Annual vaccination report of Bihar and Orissa - 1911-1928
Year: 1911
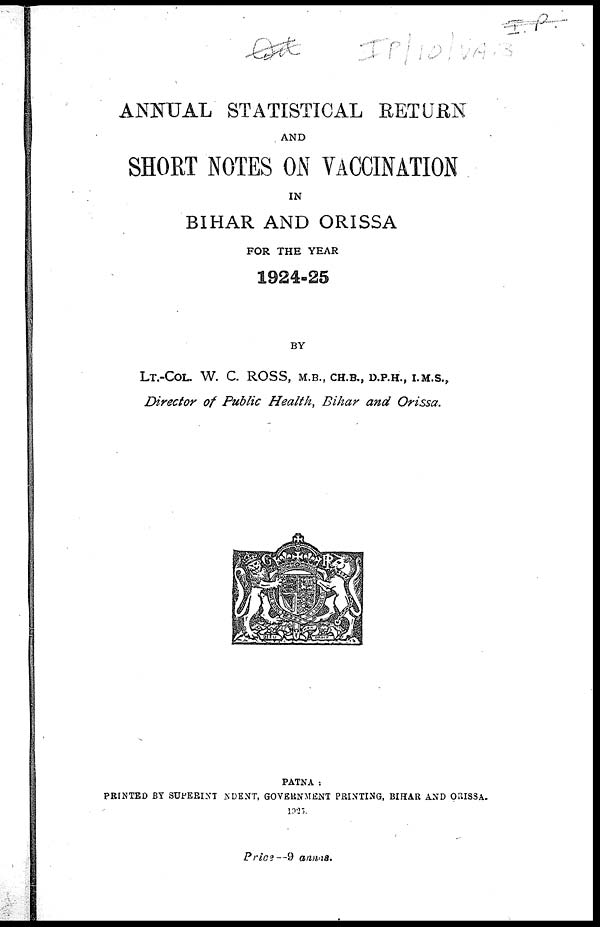
ANNUAL STATISTICAL RETURN
AND
SHORT NOTES ON VACCINATION
IN
BIHAR AND ORISSA
FOR THE YEAR
1924-25
BY
LT.-COL. W. C. ROSS, M.B., CH.B., D.P.H., I.M.S.,
Director of Public Health, Bihar and Orissa.
PATNA :
PRINTED BY SUPERINTENDENT, GOVERNMENT PRINTING, BIHAR AND ORISSA.
1925.
Price—9 annas.